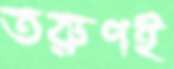
তরুণই